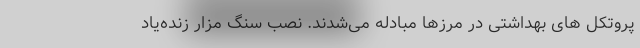
پروتکل های بهداشتی در مرزها مبادله می‌شدند. نصب سنگ مزار زنده‌یاد